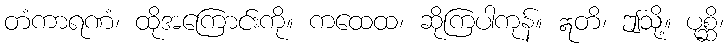
တံကာရဏံ၊ ထိုအကြောင်းကို။ ကထေထ၊ ဆိုကြပါကုန်။ ဣတိ၊ ဤသို့။ ပုစ္ဆိ၊